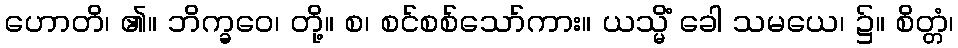
ဟောတိ၊ ၏။ ဘိက္ခဝေ၊ တို့။ စ၊ စင်စစ်သော်ကား။ ယသ္မိံ ခေါ သမယေ၊ ၌။ စိတ္တံ၊